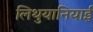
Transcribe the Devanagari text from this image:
लिथुयानियाई